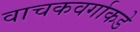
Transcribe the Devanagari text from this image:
वाचकवर्गाकडे